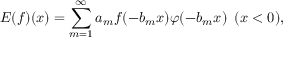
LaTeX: \displaystyle { E ( f ) ( x ) = \sum _ { m = 1 } ^ { \infty } a _ { m } f ( - b _ { m } x ) \varphi ( - b _ { m } x ) \, \, \, ( x < 0 ) , }